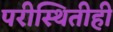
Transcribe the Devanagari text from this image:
परीस्थितीही